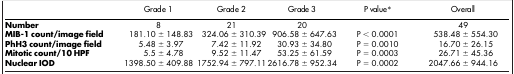
|  | Grade 1 | Grade 2 | Grade 3 | P value* | Overall |
 | --- | --- | --- | --- | --- | --- |
 | Number | 8 | 21 | 20 |  | 49 |
 | MIB-1 count/image field | 181.10 ± 148.83 | 324.06 ± 310.39 | 906.58 ± 647.63 | P < 0.0001 | 538.48 ± 554.30 |
 | PhH3 count/image field | 5.48 ± 3.97 | 7.42 ± 11.92 | 30.93 ± 34.80 | P = 0.0010 | 16.70 ± 26.15 |
 | Mitotic count/10 HPF | 5.5 ± 4.78 | 9.52 ± 11.47 | 53.25 ± 61.59 | P = 0.0003 | 26.71 ± 45.36 |
 | Nuclear IOD | 1398.50 ± 409.88 | 1752.94 ± 797.11 | 2616.78 ± 952.34 | P = 0.0002 | 2047.66 ± 944.16 |